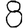
Digit: 8